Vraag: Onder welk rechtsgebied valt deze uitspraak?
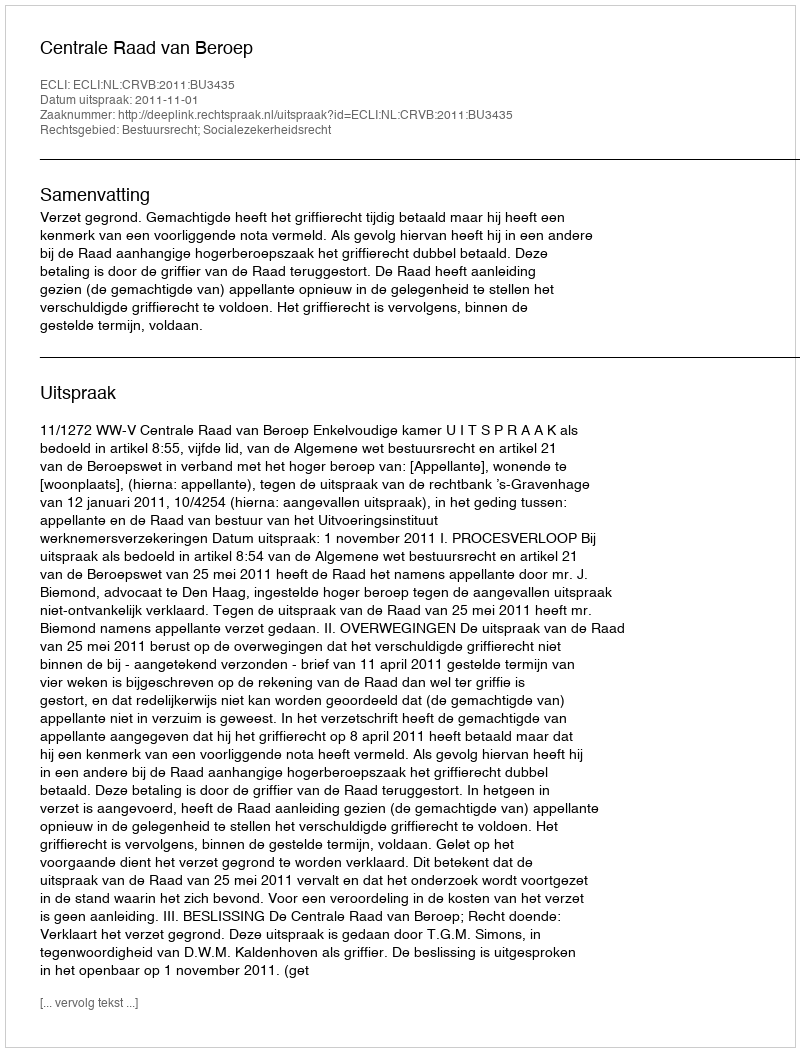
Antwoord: Bestuursrecht; Socialezekerheidsrecht